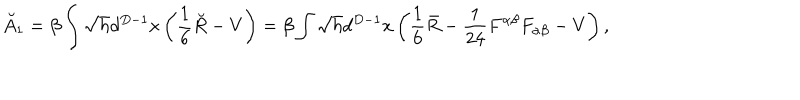
\breve { A } _ { 1 } = \beta \int \sqrt { h } d ^ { D - 1 } x \left( \frac 1 6 \breve { R } - V \right) = \beta \int \sqrt { h } d ^ { D - 1 } x \left( \frac 1 6 \bar { R } - { \frac { 1 } { 2 4 } } F ^ { \alpha \beta } F _ { \alpha \beta } - V \right) ,